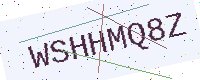
Text: WSHHMQ8Z